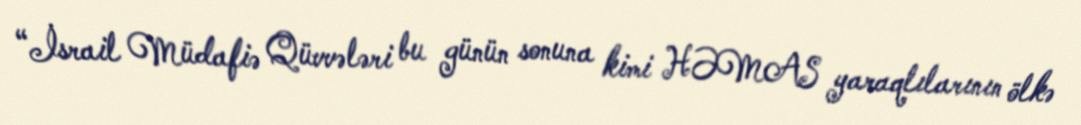
“İsrail Müdafiə Qüvvələri bu günün sonuna kimi HƏMAS yaraqlılarının ölkə